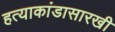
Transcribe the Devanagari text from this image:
हत्याकांडासारखी